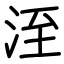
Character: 洷